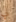
لي